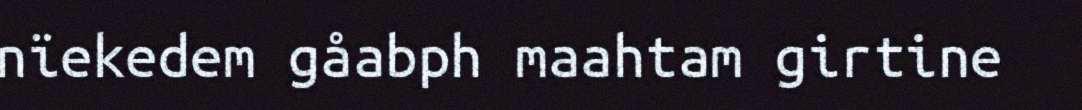
nïekedem gåabph maahtam girtine